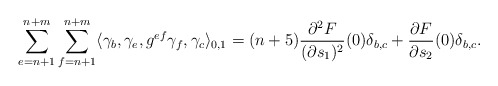
\begin{align*}\sum_{e=n+1}^{n+m}\sum_{f=n+1}^{n+m}\langle \gamma_b, \gamma_e, g^{ef}\gamma_f,\gamma_c\rangle_{0,1}=(n+5)\frac{\partial^2 F}{(\partial s_1)^2}(0) \delta_{b,c}+\frac{\partial F}{\partial s_2}(0)\delta_{b,c}.\end{align*}